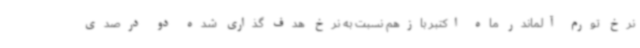
نرخ تورم آلماندر ماه اکتبر بازهم نسبت به نرخ هدف گذاری شده دو درصدی